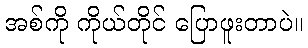
အစ်ကို ကိုယ်တိုင် ပြောဖူးတာပဲ။